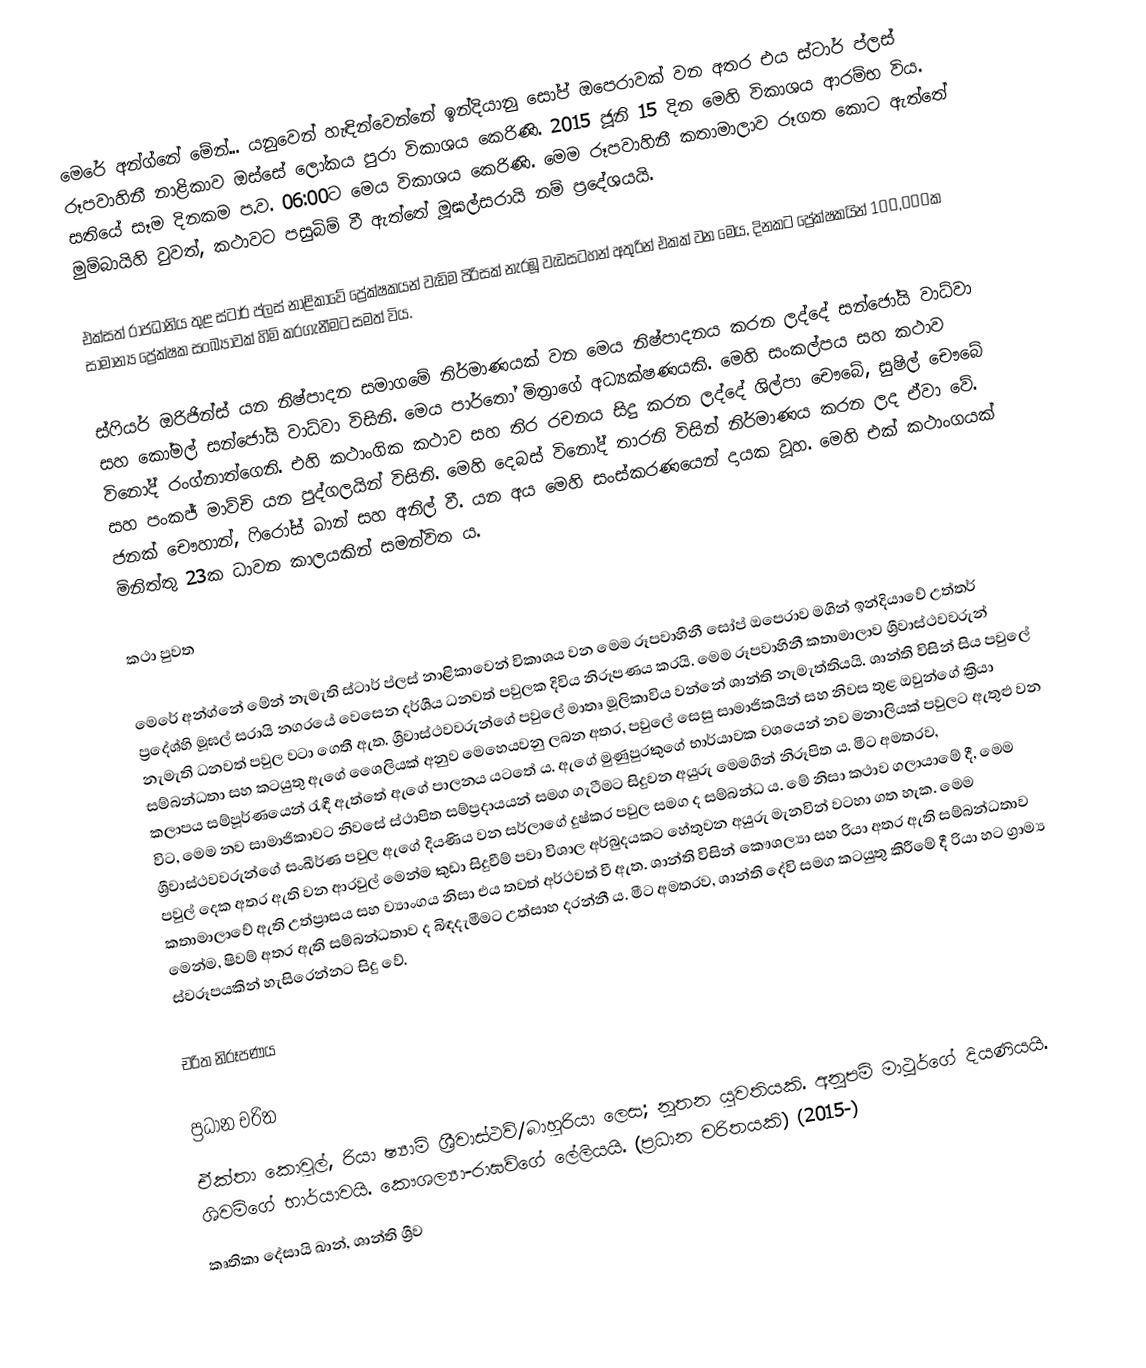
මෙරේ අන්ග්නේ මේන්... යනුවෙන් හැඳින්වෙන්නේ ඉන්දියානු සෝප් ඔපෙරාවක් වන අතර එය ස්ටාර් ප්ලස් රූපවාහිනී නාළිකාව ඔස්සේ ලෝකය පුරා විකාශය කෙරිණි. 2015 ජූනි 15 දින මෙහි විකාශය ආරම්භ විය. සතියේ සෑම දිනකම ප.ව. 06:00ට මෙය විකාශය කෙරිණි. මෙම රූපවාහිනී කතාමාලාව රූගත කොට ඇත්තේ මුම්බායිහි වුවත්, කථාවට පසුබිම් වී ඇත්තේ මූඝල්සරායි නම් ප්‍රදේශයයි.

එක්සත් රාජධානිය තුළ ස්ටාර් ප්ලස් නාළිකාවේ ප්‍රේක්ෂකයන් වැඩිම පිරිසක් නැරඹූ වැඩසටහන් අතුරින් එකක් වන මෙය, දිනකට ප්‍රේක්ෂකයින් 100,000ක සාමාන්‍ය ප්‍රේක්ෂක සංඛ්‍යාවක් හිමි කරගැනීමට සමත් විය.

ස්ෆියර් ඔරිජින්ස් යන නිෂ්පාදන සමාගමේ නිර්මාණයක් වන මෙය නිෂ්පාදනය කරන ලද්දේ සන්ජෝයි වාධ්වා සහ කෝමල් සන්ජෝයි වාධ්වා විසිනි. මෙය පාර්තෝ මිත්‍රාගේ අධ්‍යක්ෂණයකි. මෙහි සංකල්පය සහ කථාව විනෝද් රංග්නාත්ගෙනි. එහි කථාංගික කථාව සහ තිර රචනය සිදු කරන ලද්දේ ශිල්පා චෞබේ, සුෂිල් චෞබේ සහ පංකජ් මාව්චි යන පුද්ගලයින් විසිනි. මෙහි දෙබස් විනෝද් තාරනි විසින් නිර්මාණය කරන ලද ඒවා වේ. ජනක් චෞහාන්, ෆිරෝස් ඛාන් සහ අනිල් වී. යන අය මෙහි සංස්කරණයෙන් දායක වූහ. මෙහි එක් කථාංගයක් මිනිත්තු 23ක ධාවන කාලයකින් සමන්විත ය.

කථා පුවත

මෙරේ අන්ග්නේ මේන් නැමැති ස්ටාර් ප්ලස් නාළිකාවෙන් විකාශය වන මෙම රූපවාහිනී සෝප් ඔපෙරාව මගින් ඉන්දියාවේ උත්තර් ප්‍රදේශ්හි මූඝල් සරායි නගරයේ වෙසෙන දර්ශීය ධනවත් පවුලක දිවිය නිරූපණය කරයි. මෙම රූපවාහිනී කතාමාලාව ශ්‍රීවාස්ථවවරුන් නැමැති ධනවත් පවුල වටා ගෙතී ඇත. ශ්‍රීවාස්ථවවරුන්ගේ පවුලේ මාතෘ මූලිකාවිය වන්නේ ශාන්ති නැමැත්තියයි. ශාන්ති විසින් සිය පවුලේ සම්බන්ධතා සහ කටයුතු ඇගේ ශෛලියක් අනුව මෙහෙයවනු ලබන අතර, පවුලේ සෙසු සාමාජිකයින් සහ නිවස තුළ ඔවුන්ගේ ක්‍රියා කලාපය සම්පූර්ණයෙන් රැඳී ඇත්තේ ඇගේ පාලනය යටතේ ය. ඇගේ මුණුපුරකුගේ භාර්යාවක වශයෙන් නව මනාලියක් පවුලට ඇතුළු වන විට, මෙම නව සාමාජිකාවට නිවසේ ස්ථාපිත සම්ප්‍රදායයන් සමග ගැටීමට සිදුවන අයුරු මෙමගින් නිරූපිත ය. මීට අමතරව, ශ්‍රීවාස්ථවවරුන්ගේ සංඛීර්ණ පවුල ඇගේ දියණිය වන සර්ලාගේ දුෂ්කර පවුල සමග ද සම්බන්ධ ය. මේ නිසා කථාව ගලායාමේ දී, මෙම පවුල් දෙක අතර ඇති වන ආරවුල් මෙන්ම කුඩා සිදුවීම් පවා විශාල අර්බුදයකට හේතුවන අයුරු මැනවින් වටහා ගත හැක. මෙම කතාමාලාවේ ඇති උත්ප්‍රාසය සහ ව්‍යාංගය නිසා එය තවත් අර්ථවත් වී ඇත. ශාන්ති විසින් කෞශල්‍යා සහ රියා අතර ඇති සම්බන්ධතාව මෙන්ම, ෂිවම් අතර ඇති සම්බන්ධතාව ද බිඳදැමීමට උත්සාහ දරන්නී ය. මීට අමතරව, ශාන්ති දේවි සමග කටයුතු කිරීමේ දී රියා හට ග්‍රාම්‍ය ස්වරූපයකින් හැසිරෙන්නට සිදු වේ.

චරිත නිරූපණය

ප්‍රධාන චරිත
 ඒක්තා කොවුල්, රියා ෂ්‍යාම් ශ්‍රීවාස්ථව්/බාහුරියා ලෙස; නූතන යුවතියකි‍. අනූපම් මාථූර්ගේ දියණියයි. ශිවම්ගේ භාර්යාවයි. කෞශල්‍යා-රාඝව්ගේ ලේලියයි. (ප්‍රධාන චරිතයකි) (2015-)
 කෘතිකා දේසායි ඛාන්, ශාන්ති ශ්‍රීව